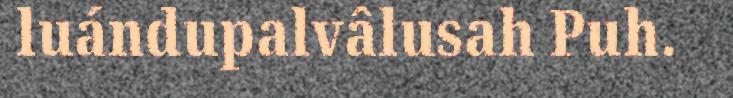
luándupalvâlusah Puh.